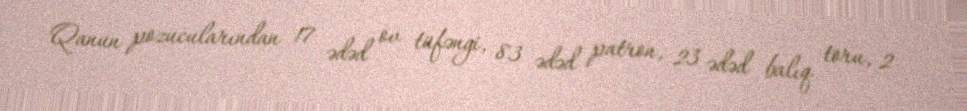
Qanun pozucularından 17 ədəd ov tüfəngi, 83 ədəd patron, 23 ədəd balıq toru, 2